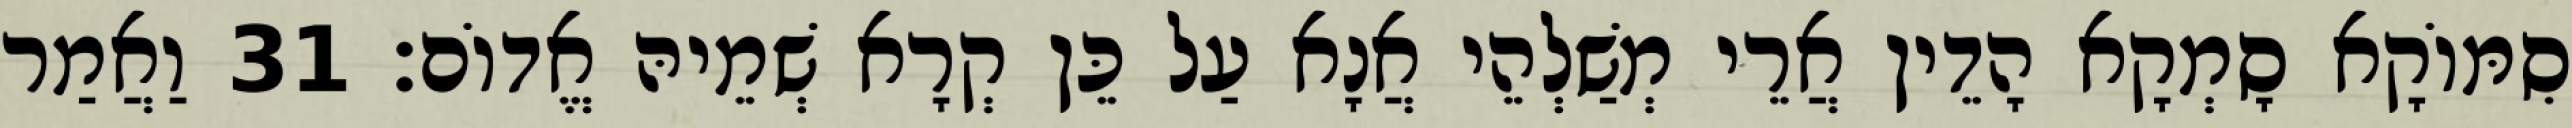
סִמּוֹקָא סָמְקָא הָדֵין אֲרֵי מְשַׁלְהֵי אֲנָא עַל כֵּן קְרָא שְׁמֵיהּ אֱדוֹם׃ 31 וַאֲמַר